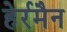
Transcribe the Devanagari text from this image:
हेर्रमैन